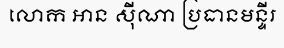
លោក អាន ស៊ីណា ប្រធានមន្ទីរ